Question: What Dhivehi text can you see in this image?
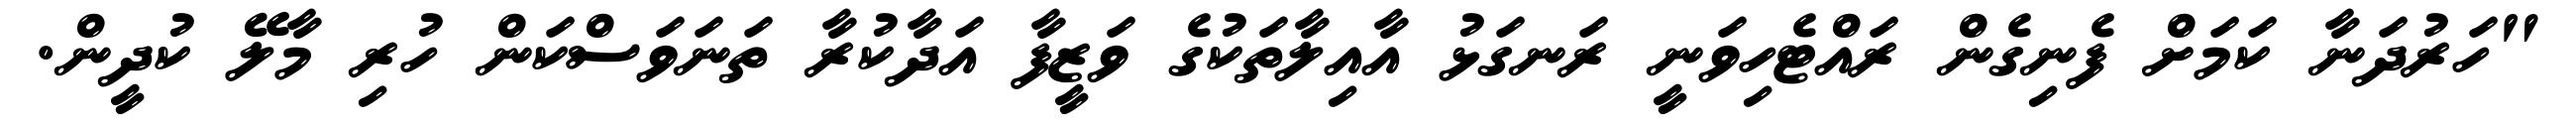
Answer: "ހަރުދަނާ ކަމަށް ފެނިގެން ރައްޓެހިވަނީ ރަނގަޅު އާއިލާތަކުގެ ވަޒީފާ އަދާކުރާ ތަނަވަސްކަން ހުރި މާލޭ ކުދީން.